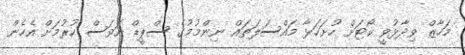
މަހާޒް ވިދާޅުވީ ކޯޓަށް ހުށަހަޅާ މައްސަލަތައް ނިންމުމުގެ ސްޕީޑް އަވަސް ކުރުމަށް އެހެން